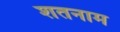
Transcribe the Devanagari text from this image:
शतनाम